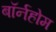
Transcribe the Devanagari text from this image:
बॉर्नहोम